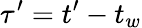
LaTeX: \tau^{\prime}=t^{\prime}-t_{w}